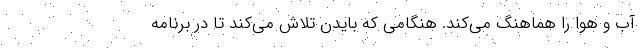
آب و هوا را هماهنگ می‌کند. هنگامی که بایدن تلاش می‌کند تا در برنامه